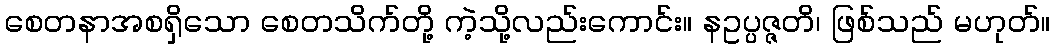
စေတနာအစရှိသော စေတသိက်တို့ ကဲ့သို့လည်းကောင်း။ နဥပ္ပဇ္ဇတိ၊ ဖြစ်သည် မဟုတ်။